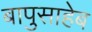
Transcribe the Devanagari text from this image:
बापुसाहेब